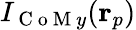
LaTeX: I_{\mathrm{~C~o~M~}y}(\mathbf{r}_{p})